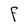
Character: F